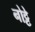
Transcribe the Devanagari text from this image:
नोट्टे